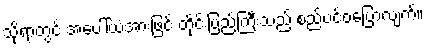
သို့ရာတွင် အပေါ်ယံအားဖြင့် တိုင်းပြည်ကြီးသည် စည်ပင်ဝပြောလျက်။